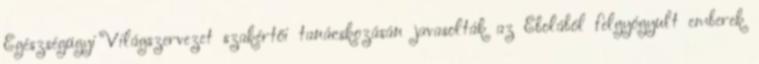
Egészségügyi Világszervezet szakértői tanácskozásán javasolták az Ebolából felgyógyult emberek